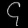
Digit: ၄